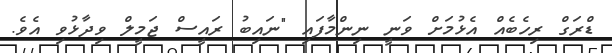
ޑްރަގް ރިހެބެއް އެޅުމަށް ވަނީ ނިންމާފައި "ނައިބު ރައީސް ޖަމީލް ވިދާޅުވި އެވެ.